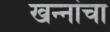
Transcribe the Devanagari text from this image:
खन्‍नांचा